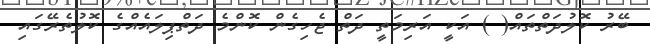
ބޭރު ކޮލުދަތްތައް( ) އަކީ އަރިމަތީ ދަތް ޖެހިގެން ކޮންމެ ދަތްޕިލައެއްގެ ކޮލުތެރޭގައި